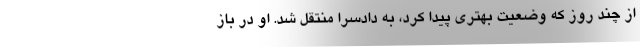
از چند روز که وضعیت بهتری پیدا کرد، به دادسرا منتقل شد. او در باز